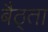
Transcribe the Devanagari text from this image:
बैठ्ता